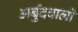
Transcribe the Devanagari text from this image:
अर्बुदवालों